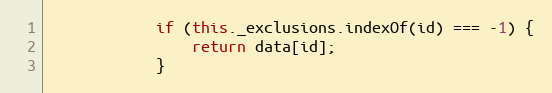
Language: JavaScript
            if (this._exclusions.indexOf(id) === -1) {
                return data[id];
            }